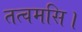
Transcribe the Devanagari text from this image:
तत्वमसि।